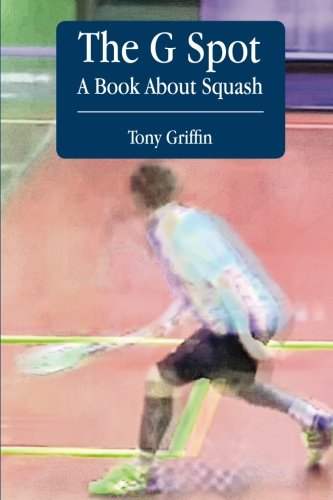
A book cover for The G Spot, A Book About Squash; Tony Griffin; Sports & Outdoors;